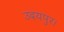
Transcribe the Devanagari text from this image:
उदयपुर।